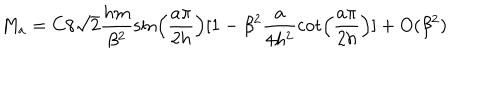
M _ { a } = C 8 \sqrt { 2 } \frac { h m } { \beta ^ { 2 } } \sin \left( \frac { a \pi } { 2 h } \right) [ 1 - \beta ^ { 2 } \frac { a } { 4 h ^ { 2 } } \cot \left( \frac { a \pi } { 2 h } \right) ] + O ( \beta ^ { 2 } )